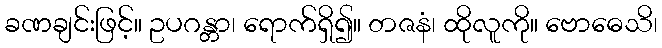
ခဏချင်းဖြင့်။ ဥပဂန္တာ၊ ရောက်ရှိ၍။ တဇနံ၊ ထိုလူကို။ ဗောဓေသိ၊